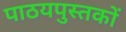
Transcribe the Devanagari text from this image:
पाठयपुस्तकों